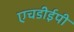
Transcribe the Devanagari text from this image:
एचडीईपी